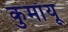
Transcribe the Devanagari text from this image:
कुमाँयू